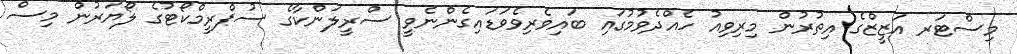
މިސްޓަރ އަޒީޒްގެ އިތުރުން މިރިވިއު ހެއްދެވުމުގައި ބައިވެރިވެވަޑައިގެންނެވީ ސްރީލަންކާގެ ސުޕްރީމްކޯޓުގެ ލޯޔަރުން މިސް